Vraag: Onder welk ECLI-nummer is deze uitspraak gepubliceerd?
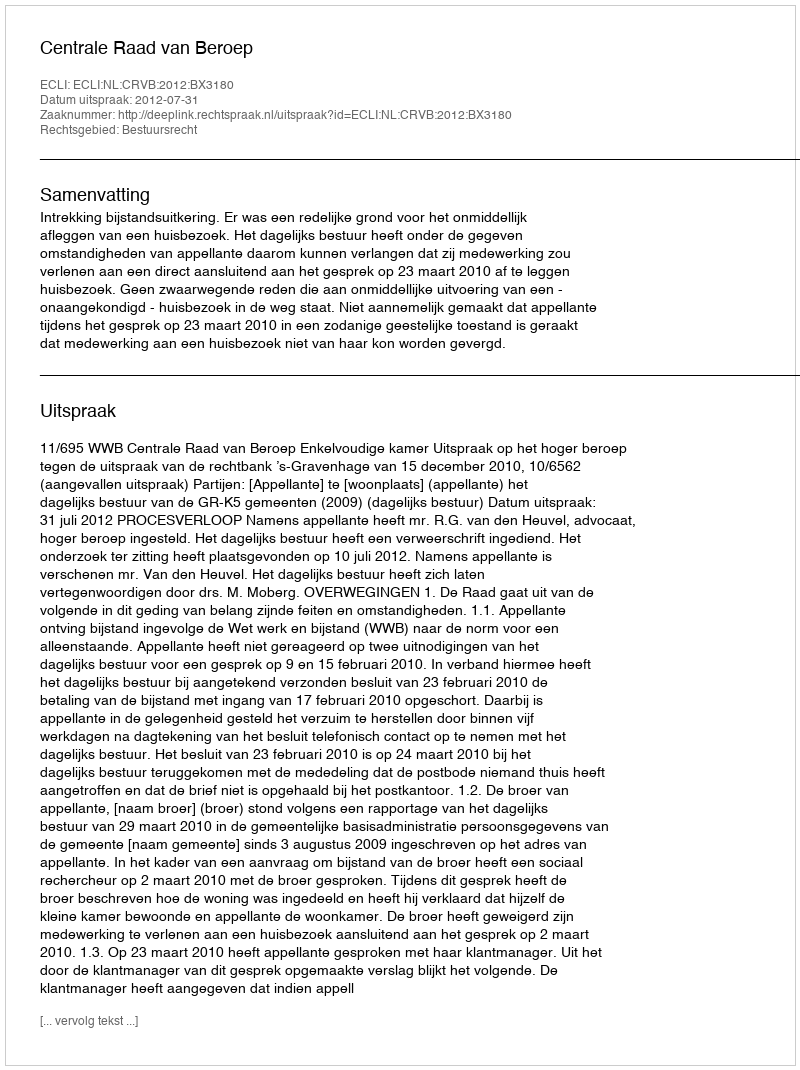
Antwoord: ECLI:NL:CRVB:2012:BX3180